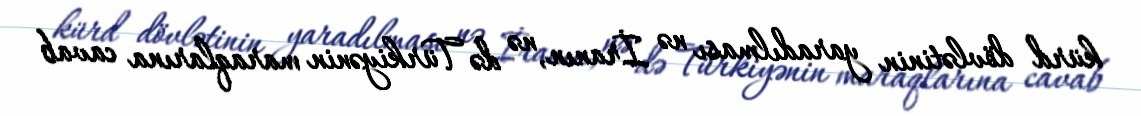
kürd dövlətinin yaradılması nə İranın, nə də Türkiyənin maraqlarına cavab